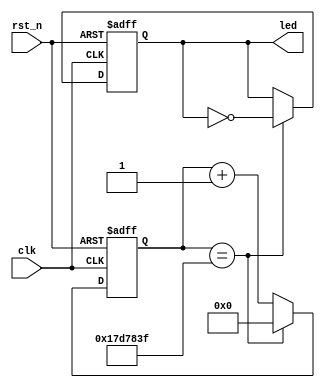
`timescale 1ns / 1ps

module led_ctrl #(
    parameter CLK_FREQ = 50000000,
    parameter CNT_MAX  = CLK_FREQ / 2 - 1
) (
    input      clk,
    input      rst_n,
    output reg led
);

  reg [31:0] r_cnt;

  always @(posedge clk or negedge rst_n) begin
    if (!rst_n) begin
      r_cnt <= 'b0;
      led   <= 'b0;
    end else begin
      r_cnt <= r_cnt + 1'b1;
      if (r_cnt == CNT_MAX) begin
        r_cnt <= 'b0;
        led   <= ~led;
      end
    end
  end

endmodule